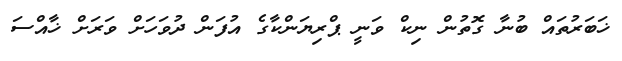
ޚަބަރުތައް ބުނާ ގޮތުން ނިކް ވަނީ ޕްރިޔަންކާގެ އުފަން ދުވަހަށް ވަރަށް ޚާއްސަ